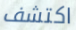
اكتشف